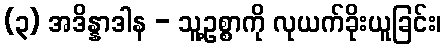
(၃) အဒိန္နာဒါန - သူ့ဥစ္စာကို လုယက်ခိုးယူခြင်း၊